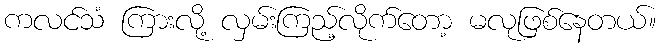
ကလင်သံ ကြားလို့ လှမ်းကြည့်လိုက်တော့ မလုဖြစ်နေတယ်။